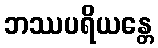
ဘဿပရိယန္တေ